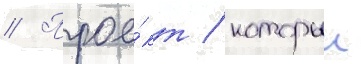
// Прое́кт / которыи